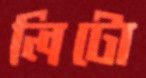
লিটো